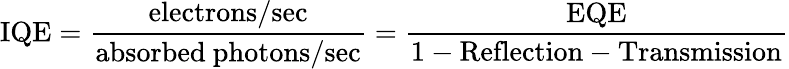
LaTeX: {\mathrm{IQE}}={\frac{\mathrm{electrons/sec}}{\mathrm{absorbed~photons/sec}}}={\frac{\mathrm{EQE}}{\mathrm{1-Reflection-Transmission}}}